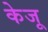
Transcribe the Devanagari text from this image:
केजू